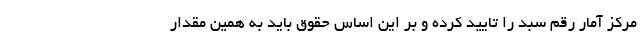
مرکز آمار رقم سبد را تایید کرده و بر این اساس حقوق باید به همین مقدار